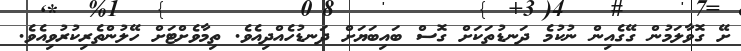
ށޭ ގޮވާލަމުން ގޭގެއިން ނުކުމެ ދަނޑުތަކަށް ގޮސް ބައިބަޔަށް ދަނޑުހެއްދިއެވެ. ތިމާވެށްޓަށް ހޭލުންތެރިކުރުވިއެވެ.